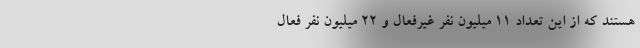
هستند که از این تعداد ۱۱ میلیون نفر غیرفعال و ۲۲ میلیون نفر فعال